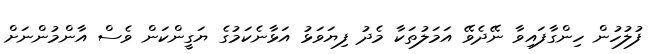
ފުލުހުން ހިންގާފައިވާ ނޭދެވޭ އަމަލުތަކާ މެދު ފިޔަވަޅު އަޅާނެކަމުގެ ޔަގީންކަން ވެސް އާންމުންނަށް